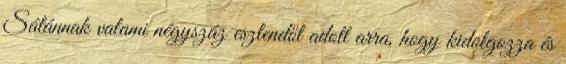
Sátánnak valami négyszáz esztendőt adott arra, hogy kidolgozza és